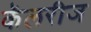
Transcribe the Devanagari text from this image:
कॅलरीज